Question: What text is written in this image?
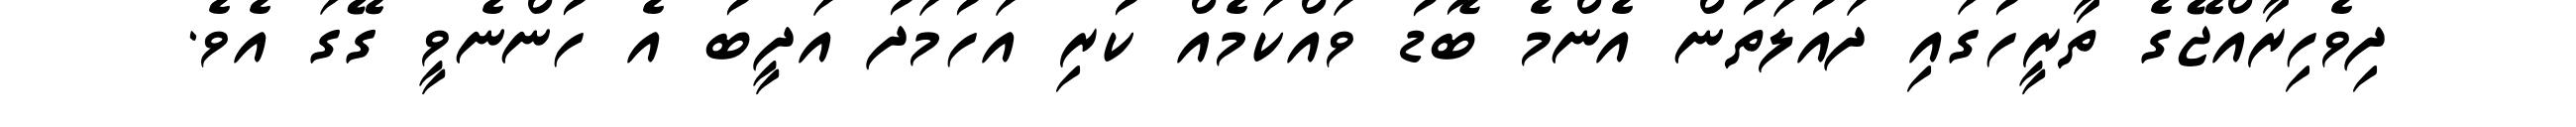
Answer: ދިވެހިރާއްޖޭގެ ތާރީހުގައި ދައުލަތުން އެންމެ ބޮޑު ވައްކަމެއް ކުރި އަހުމަދު އަދީބު އެ ހުންނެވީ ގޭގަ އެވެ.